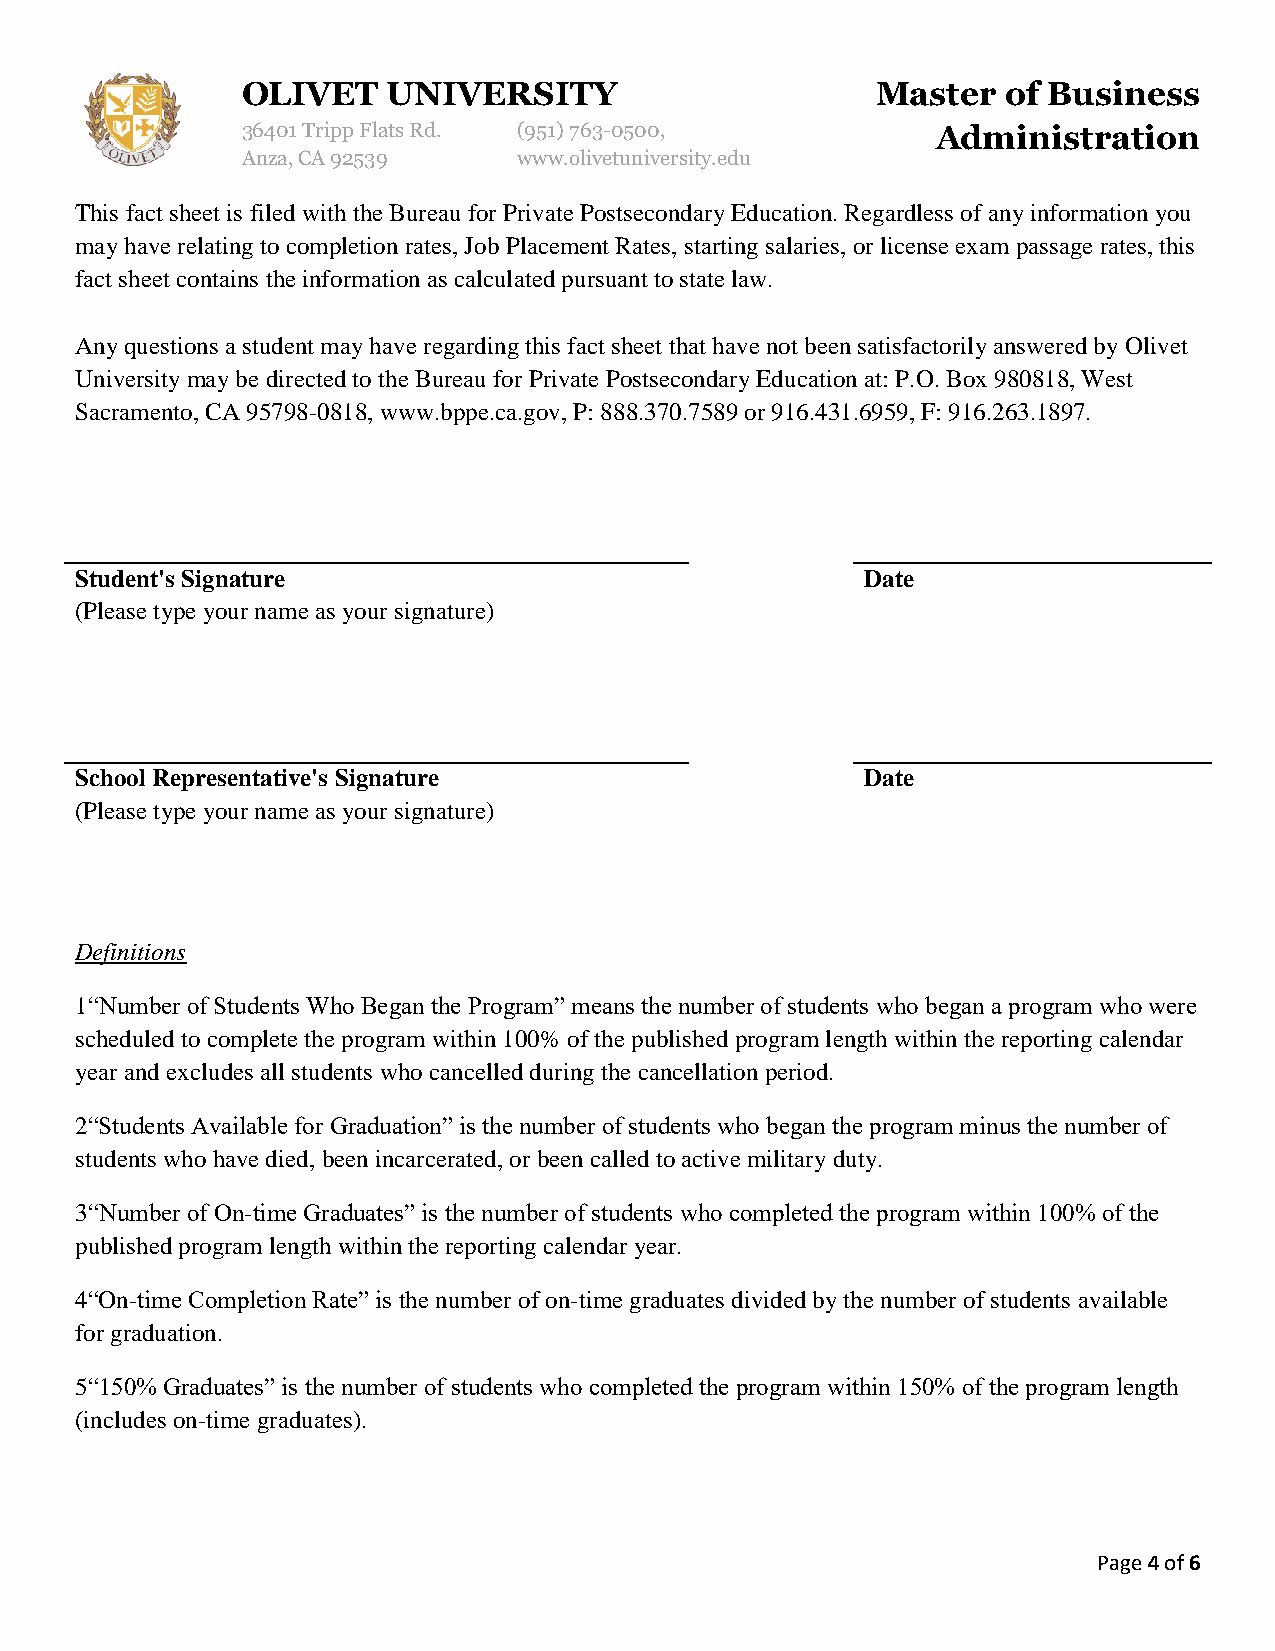
OLIVET    UNIVERSITY                      Master   of Business
 36401 Tripp Flats Rd. (951)763-0500,          Administration
 Anza, CA 92539    www.olivetuniversity.edu
 This fact sheet is filed with the Bureau for Private Postsecondary Education. Regardless of any information you
 may have relating to completion rates, Job Placement Rates, starting salaries, or license exam passage rates, this
 fact sheet contains the information as calculated pursuant to state law.
 Any questions a student may have regarding this fact sheet that have not been satisfactorily answered by Olivet
 University may be directed to the Bureau for Private Postsecondary Education at: P.O. Box 980818, West
 Sacramento, CA 95798-0818, www.bppe.ca.gov, P: 888.370.7589 or 916.431.6959, F: 916.263.1897.
 Student's Signature                                 Date
 (Please type your name as your signature)
 School Representative's Signature                   Date
 (Please type your name as your signature)
 Definitions
 1“Number of Students Who Began the Program” means the number of students who began a program who were
 scheduled to complete the program within 100% of the published program length within the reporting calendar
 year and excludes all students who cancelled during the cancellation period.
 2“Students Available for Graduation” is the number of students who began the program minus the number of
 students who have died, been incarcerated, or been called to active military duty.
 3“Number of On-time Graduates” is the number of students who completed the program within 100% of the
 published program length within the reporting calendar year.
 4“On-time Completion Rate” is the number of on-time graduates divided by the number of students available
 for graduation.
 5“150% Graduates” is the number of students who completed the program within 150% of the program length
 (includes on-time graduates).
 Page 4 of 6